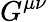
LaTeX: G^{\mu\nu}